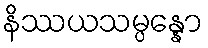
နိဿယသမ္ပန္နော